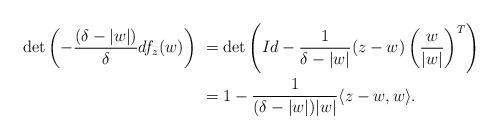
\begin{align*}\det\left( - \frac{(\delta - |w|)}{\delta} df_{z}(w)\right) &~= \det \left(Id - \frac{1}{\delta - |w|} (z-w) \left(\frac{w}{|w|}\right)^{T} \right) \crcr&~ = 1 - \frac{1}{(\delta - |w|)|w|} \langle z - w, w \rangle.\end{align*}